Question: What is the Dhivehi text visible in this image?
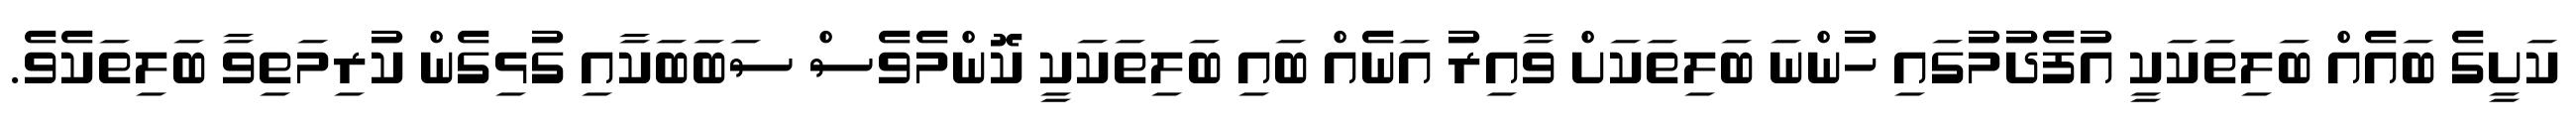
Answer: ކަށީގެ ބައެއް ބަލިތަކަކީ އުފެދުމުގައި ހުންނަ ބަލިތަކަށް ވާއިރު އަނެއް ބައި ބަލިތަކަކީ ކޮންމެވެސް ސަބަބަކާއި ގުޅިގެން ކުރިމަތިވާ ބަލިތަކެވެ.